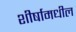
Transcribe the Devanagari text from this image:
शीर्षामधील